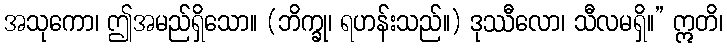
အသုကော၊ ဤအမည်ရှိသော။ (ဘိက္ခု၊ ရဟန်းသည်။) ဒုဿီလော၊ သီလမရှိ။” ဣတိ၊